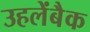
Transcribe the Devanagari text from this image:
उहलेंबैक